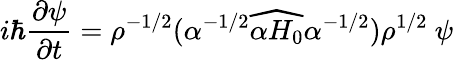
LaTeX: i\hbar\frac{\partial\psi}{\partial t}={\rho}^{-1/2}(\alpha^{-1/2}\widehat{\alpha H_{0}}\alpha^{-1/2}){\rho}^{1/2}\ \psi